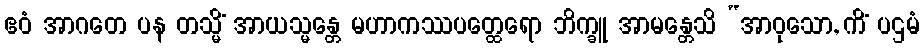
ဧဝံ အာဂတေ ပန တသ္မိံ အာယသ္မန္တေ မဟာကဿပတ္ထေရော ဘိက္ခူ အာမန္တေသိ “အာဝုသော, ကိံ ပဌမံ